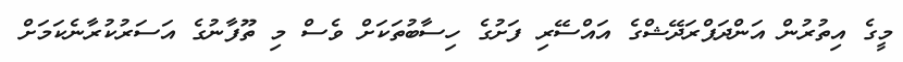
މީގެ އިތުރުން އަންދަޕްރަދޭޝްގެ އައްސޭރި ފަށުގެ ހިސާބުތަކަށް ވެސް މި ތޫފާނުގެ އަސަރުކުރާނެކަމަށް